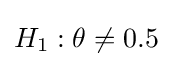
H_{1}:\theta \neq 0.5